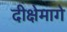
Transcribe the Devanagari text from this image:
दीक्षेमागे